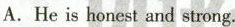
A.He is honest and strong.